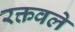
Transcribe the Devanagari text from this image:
रक्तवले